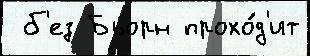
 б'ез Бьорн прохо́д'ит